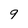
Character: 9